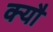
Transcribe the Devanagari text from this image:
क्यौ